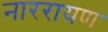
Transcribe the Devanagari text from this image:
नाररायण